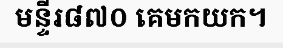
មន្ទីរ៨៧០ គេមកយក។